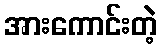
အားကောင်းတဲ့